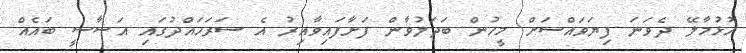
ހުޅުމާލޭ ދެވަނަ ފިޔަވައްސަށް މީހުން ބަދަލުވާން ފަށާފައިވާއިރު އެ ސަރަހައްދުގައި އަސާސީ ބައެއް